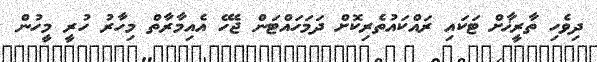
ދިވެހި ތާރީޚާށް ޓަކައި ރައްކައުތެރިކޮށް ދަމަހައްޓަން ޖެހޭ އެއިމާރާތް މިހާރު ހުރީ މީހުން